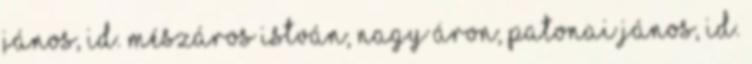
János, id. Mészáros István, Nagy Áron, Patonai János, id.